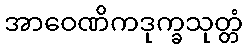
အာဝေဏိကဒုက္ခသုတ္တံ